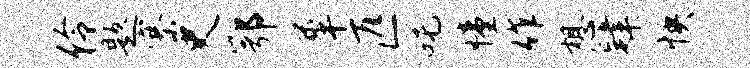
伶题寨史鄂犀匹吒憧作想肄怏